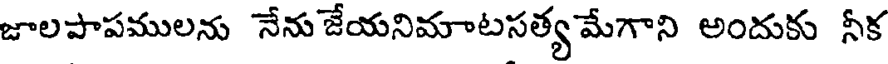
జాలపాపములను నేను జేయనిమాటసత్య మేగాని అందుకు నీక